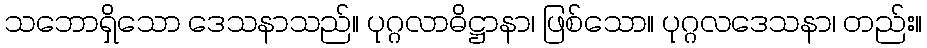
သဘောရှိသော ဒေသနာသည်။ ပုဂ္ဂလာဓိဋ္ဌာနာ၊ ဖြစ်သော။ ပုဂ္ဂလဒေသနာ၊ တည်း။